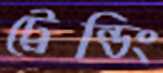
ট্রেন্ডিং